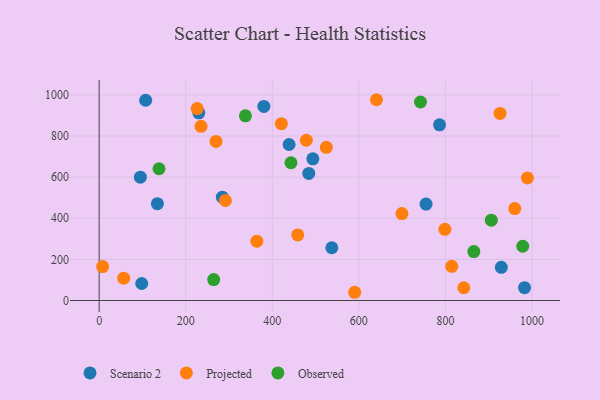
{"axis": {"x": "Price", "y": "Exam Score"}, "legend": ["Observed", "Projected", "Scenario 2"], "data": [{"x": "107.5", "y": 973.5, "type": "Scenario 2"}, {"x": "929.1", "y": 161.5, "type": "Scenario 2"}, {"x": "95.2", "y": 599.7, "type": "Scenario 2"}, {"x": "493.7", "y": 689.0, "type": "Scenario 2"}, {"x": "230.2", "y": 912.5, "type": "Scenario 2"}, {"x": "982.8", "y": 62.2, "type": "Scenario 2"}, {"x": "438.8", "y": 758.4, "type": "Scenario 2"}, {"x": "484.2", "y": 617.8, "type": "Scenario 2"}, {"x": "755.2", "y": 468.6, "type": "Scenario 2"}, {"x": "537.5", "y": 256.4, "type": "Scenario 2"}, {"x": "380.5", "y": 943.4, "type": "Scenario 2"}, {"x": "134.5", "y": 470.5, "type": "Scenario 2"}, {"x": "284.6", "y": 502.1, "type": "Scenario 2"}, {"x": "786.4", "y": 854.1, "type": "Scenario 2"}, {"x": "98.3", "y": 82.6, "type": "Scenario 2"}, {"x": "235.3", "y": 846.8, "type": "Projected"}, {"x": "590.3", "y": 40.0, "type": "Projected"}, {"x": "478.6", "y": 779.2, "type": "Projected"}, {"x": "842.4", "y": 62.0, "type": "Projected"}, {"x": "640.7", "y": 976.1, "type": "Projected"}, {"x": "291.7", "y": 486.1, "type": "Projected"}, {"x": "798.7", "y": 346.0, "type": "Projected"}, {"x": "364.3", "y": 288.4, "type": "Projected"}, {"x": "420.9", "y": 859.5, "type": "Projected"}, {"x": "960.2", "y": 446.9, "type": "Projected"}, {"x": "989.3", "y": 595.8, "type": "Projected"}, {"x": "458.8", "y": 319.0, "type": "Projected"}, {"x": "226.4", "y": 932.9, "type": "Projected"}, {"x": "269.9", "y": 773.2, "type": "Projected"}, {"x": "524.8", "y": 744.7, "type": "Projected"}, {"x": "814.6", "y": 166.3, "type": "Projected"}, {"x": "699.5", "y": 422.4, "type": "Projected"}, {"x": "8.0", "y": 165.0, "type": "Projected"}, {"x": "926.1", "y": 909.6, "type": "Projected"}, {"x": "56.7", "y": 108.6, "type": "Projected"}, {"x": "337.9", "y": 897.7, "type": "Observed"}, {"x": "138.3", "y": 640.6, "type": "Observed"}, {"x": "906.0", "y": 390.5, "type": "Observed"}, {"x": "742.4", "y": 965.0, "type": "Observed"}, {"x": "443.1", "y": 669.8, "type": "Observed"}, {"x": "865.6", "y": 238.1, "type": "Observed"}, {"x": "264.6", "y": 101.9, "type": "Observed"}, {"x": "978.6", "y": 263.7, "type": "Observed"}]}